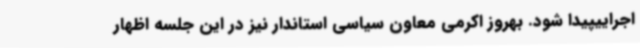
اجراییپیدا شود. بهروز اکرمی معاون سیاسی استاندار نیز در این جلسه اظهار